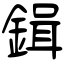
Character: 鍓